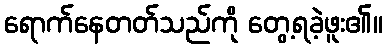
ရောက်နေတတ်သည်ကို တွေ့ရခဲ့ဖူး၏။